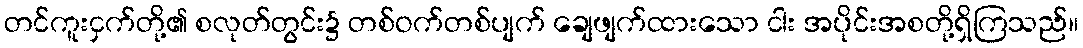
တင်ကူးငှက်တို့၏ စလုတ်တွင်း၌ တစ်ဝက်တစ်ပျက် ချေဖျက်ထားသော ငါး အပိုင်းအစတို့ရှိကြသည်။